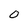
Character: 0